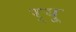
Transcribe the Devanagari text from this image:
र्‌यू